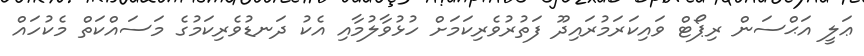
ޢަލީ އަޙްސަން ރިޕޯޓް ވައިކަރަމުރައިދޫ ފަތުރުވެރިކަމަށް ހުޅުވާލުމާއި އެކު ދަނޑުވެރިކަމުގެ މަސައްކަތް މެކުހައް